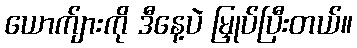
ယောက်ျားကို ဒီနေ့ပဲ မြှုပ်ပြီးတယ်။